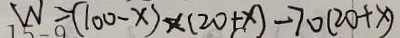
W = ( 1 0 0 - x ) \times ( 2 0 + x ) - 7 0 ( 2 0 + x )